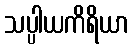
သပ္ပါယကိရိယာ